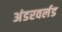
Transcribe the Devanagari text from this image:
अंडरवर्लड